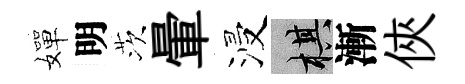
嬋明茨暈浸棋漸俠